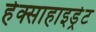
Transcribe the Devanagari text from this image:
हेक्साहाइड्रेट